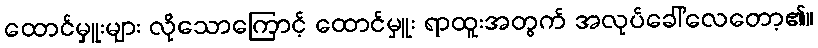
ထောင်မှူးများ လိုသောကြောင့် ထောင်မှူး ရာထူးအတွက် အလုပ်ခေါ်လေတော့၏။